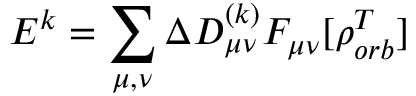
E ^ { k } = \sum _ { \mu , \nu } \Delta D _ { \mu \nu } ^ { ( k ) } F _ { \mu \nu } [ \rho _ { o r b } ^ { T } ]